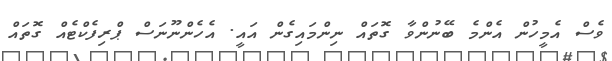
ވެސް އެމީހުން އެންމެ ބޭނުންވާ ގޮތައް ނިންމައިގެން އައީ. އެހެންނޫނަސް ޕްރިފެކްޓެއް ގޮތައް